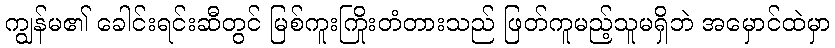
ကျွန်မ၏ ခေါင်းရင်းဆီတွင် မြစ်ကူးကြိုးတံတားသည် ဖြတ်ကူမည့်သူမရှိဘဲ အမှောင်ထဲမှာ